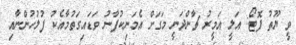
ވީ ޔޫތު ފޮޓޯ: އަލީ އަމީރު ޗާންދަނީ މަގަށް އެމަނިކުފާނު ވަޑައިގަތުމާއެކު ފުލުހުންނާއި